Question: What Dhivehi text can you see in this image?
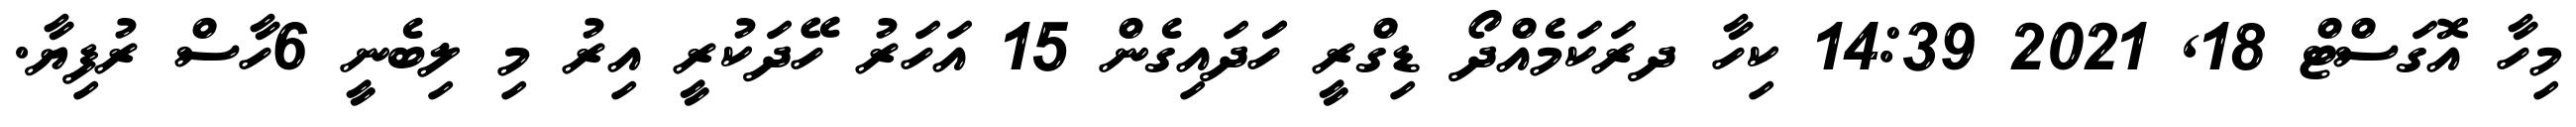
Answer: މިހާ އޮގަސްޓް 18, 2021 14:39 ކިހާ ދރަކަމެއްދޯ ޑިގްރީ ހަަދައިގެން 15 އަހަރު ހޭދަކުރީ އިރު މި ލިބެނީ 6ހާސް ރުފިޔާ.